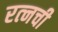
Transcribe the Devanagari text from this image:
रत्‍नची